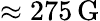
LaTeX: \approx 275\, \mathrm{{G}}